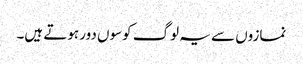
نمازوں سے یہ لوگ کوسوں دور ہوتے ہیں۔